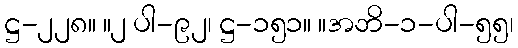
ဋ္ဌ-၂၂၈။ ။၂ ပါ-၉၂၊ ဋ္ဌ-၁၅၁။ ။အဘိ-၁-ပါ-၅၅၊